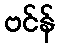
ဗင်န်